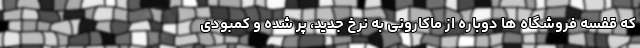
که قفسه فروشگاه ها دوباره از ماکارونی به نرخ جدید، پر شده و کمبودی